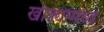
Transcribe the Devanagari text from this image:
खोक्यांमध्ये